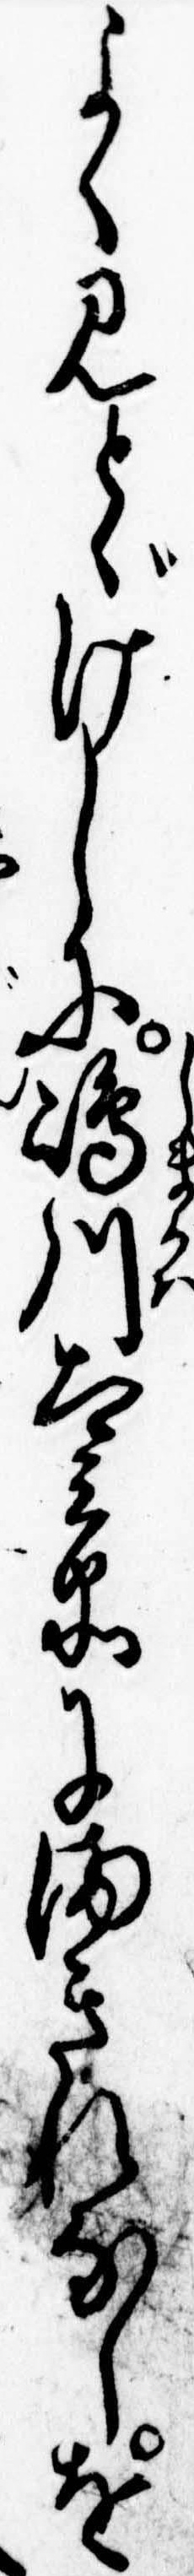
よく見とゞけしに島川太兵衛にまきれなしを